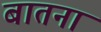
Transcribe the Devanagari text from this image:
बातना